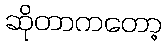
ဆိုတာကတော့